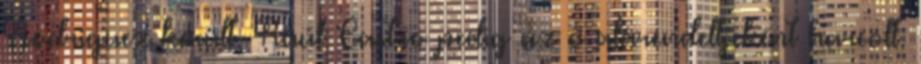
Rodriguez került, Raúl Castro pedig az ő alárendeltjeként harcolt.